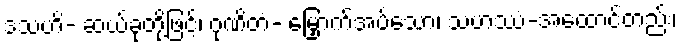
ဒသဟိ- ဆယ်ခုတို့ဖြင့်၊ ဂုဏိတံ- မြှောက်အပ်သော၊ သဟဿံ-အထောင်တည်း၊